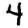
Digit: 4